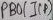
Text: PB0